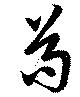
苟